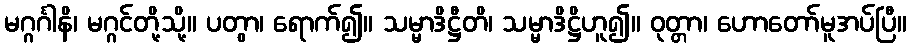
မဂ္ဂင်္ဂါနိ၊ မဂ္ဂင်တို့သို့။ ပတွာ၊ ရောက်၍။ သမ္မာဒိဋ္ဌီတိ၊ သမ္မာဒိဋ္ဌိဟူ၍။ ဝုတ္တာ၊ ဟောတော်မူအပ်ပြီ။